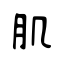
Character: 肌